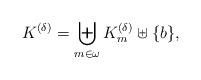
LaTeX: \begin{align*} K^{(\delta)}= \biguplus_{m\in\omega}K_m^{(\delta)}\uplus\{b\}, \end{align*}